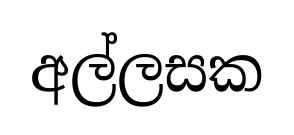
අල්ලසක